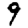
Digit: 9